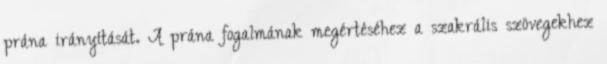
prána irányítását. A prána fogalmának megértéséhez a szakrális szövegekhez